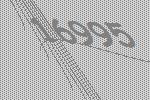
16995